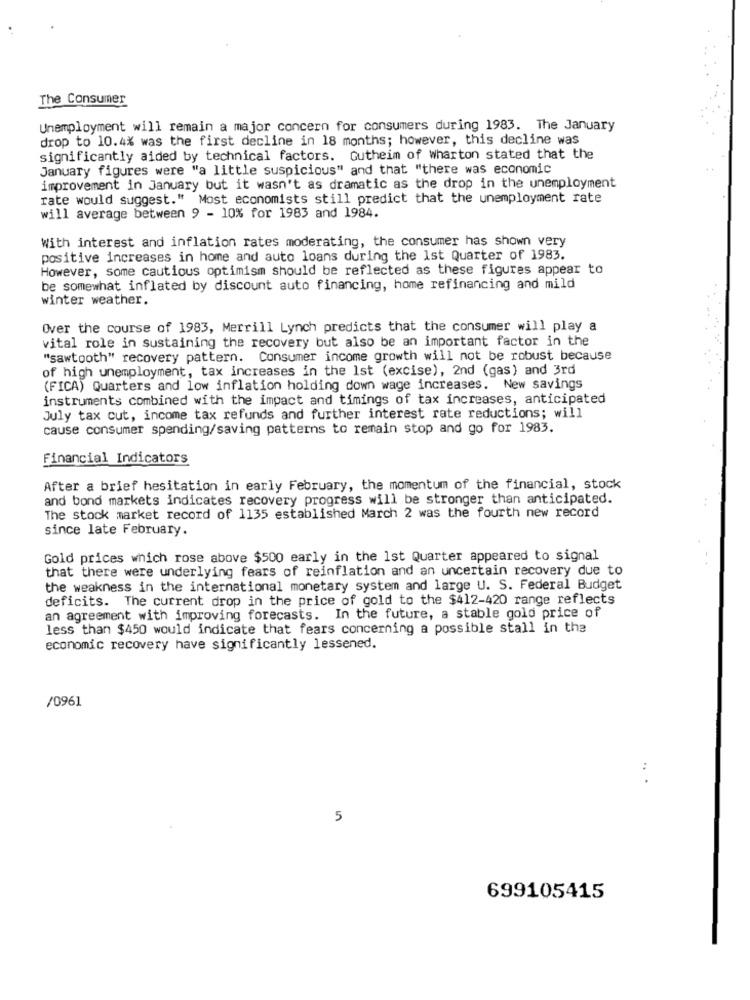
The Consumer
Unemployment will remain a major concern for consumers during 1983. The January
drop to 10.4% was the first decline in 18 months; however, this decline was
significantly aided by technical factors. Gutheim of Wharton stated that the
January figures were "a little suspicious" and that "there was economic
improvement in January but it wasn't as dramatic as the drop in the unemployment
rate would suggest." Most economists still predict that the unemployment rate
will average between 9 - 10% for 1983 and 1984.
With interest and inflation rates moderating, the consumer has shown very
positive increases in home and auto loans during the 1st Quarter of 1983.
However, some cautious optimism should be reflected as these figures appear to
be somewhat inflated by discount auto financing, home refinancing and mild
winter weather.
Over the course of 1983, Merrill Lynch predicts that the consumer will play a
vital role in sustaining the recovery but also be an important factor in the
"sawtooth" recovery pattern. Consumer income growth will not be robust because
of high unemployment, tax increases in the 1st (excise), 2nd (gas) and 3rd
(FICA) Quarters and low inflation holding down wage increases. New savings
instruments combined with the impact and timings of tax increases, anticipated
July tax cut, income tax refunds and further interest rate reductions; will
cause consumer spending/saving patterns to remain stop and go for 1983.
Financial Indicators
After a brief hesitation in early February, the momentum of the financial, stock
and bond markets indicates recovery progress will be stronger than anticipated.
The stock market record of 1135 established March 2 was the fourth new record
since late February.
Gold prices which rose above $500 early in the 1st Quarter appeared to signal
that there were underlying fears of reinflation and an uncertain recovery due to
the weakness in the international monetary system and large U. S. Federal Budget
deficits. The current drop in the price of gold to the $412-420 range reflects
an agreement with improving forecasts. In the future, a stable gold price of
less than $450 would indicate that fears concerning a possible stall in the
economic recovery have significantly lessened.
/0961
.. .
5
699105415